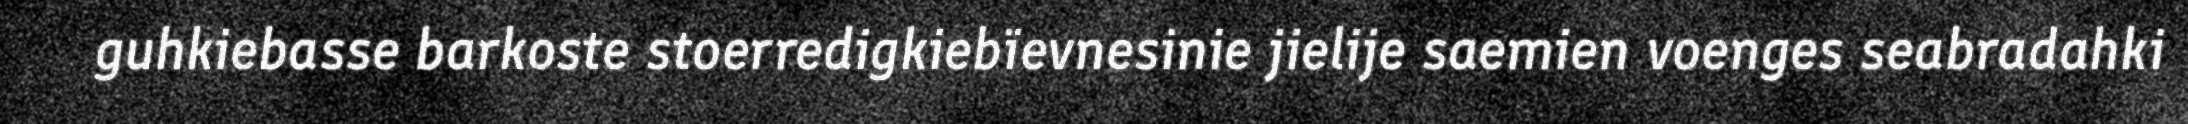
guhkiebasse barkoste stoerredigkiebïevnesinie jielije saemien voenges seabradahki